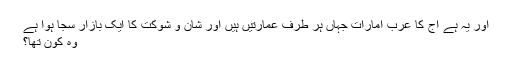
اور یہ ہے آج کا عرب امارات جہاں ہر طرف عمارتیں ہیں اور شان و شوکت کا ایک بازار سجا ہوا ہے
وہ کون تھا؟